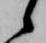
候